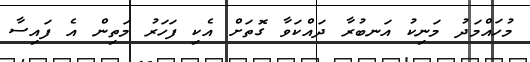
މުހައްމަދު މަނިކު އަނބުރާ ދައްކަވާ ގޮތަށް އެކި ފަހަރު މަތިން އެ ފައިސާ